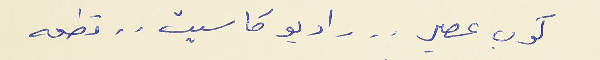
كوب عصير . . راديو كاسيت . . قطعه